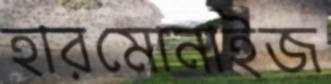
হারমোনাইজ